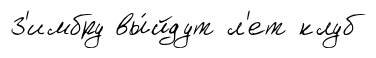
З'имбру вы́йдут л'ет клуб